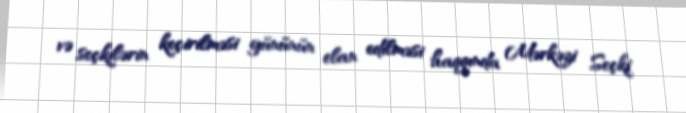
və seçkilərin keçirilməsi gününün elan edilməsi haqqında Mərkəzi Seçki